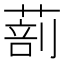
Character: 𦵿